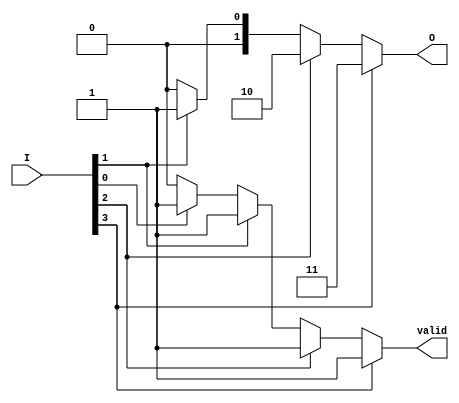
module one_of_n_encoder (
    input wire [3:0] I,      // 4 input lines
    output reg [1:0] O,      // 2 output lines (for 4 inputs, 2 bits are sufficient)
    output reg valid          // Indicates if the output is valid (1 active input)
);

    always @(*) begin
        // Default output
        O = 2'b00; // Default output when no inputs are active
        valid = 1'b0; // Default valid signal

        // Priority encoding
        if (I[3]) begin
            O = 2'b11; // Output for I[3]
            valid = 1'b1;
        end else if (I[2]) begin
            O = 2'b10; // Output for I[2]
            valid = 1'b1;
        end else if (I[1]) begin
            O = 2'b01; // Output for I[1]
            valid = 1'b1;
        end else if (I[0]) begin
            O = 2'b00; // Output for I[0]
            valid = 1'b1;
        end
        // If no inputs are active, O remains 00 and valid remains 0
    end

endmodule